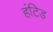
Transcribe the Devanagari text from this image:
हंटिड